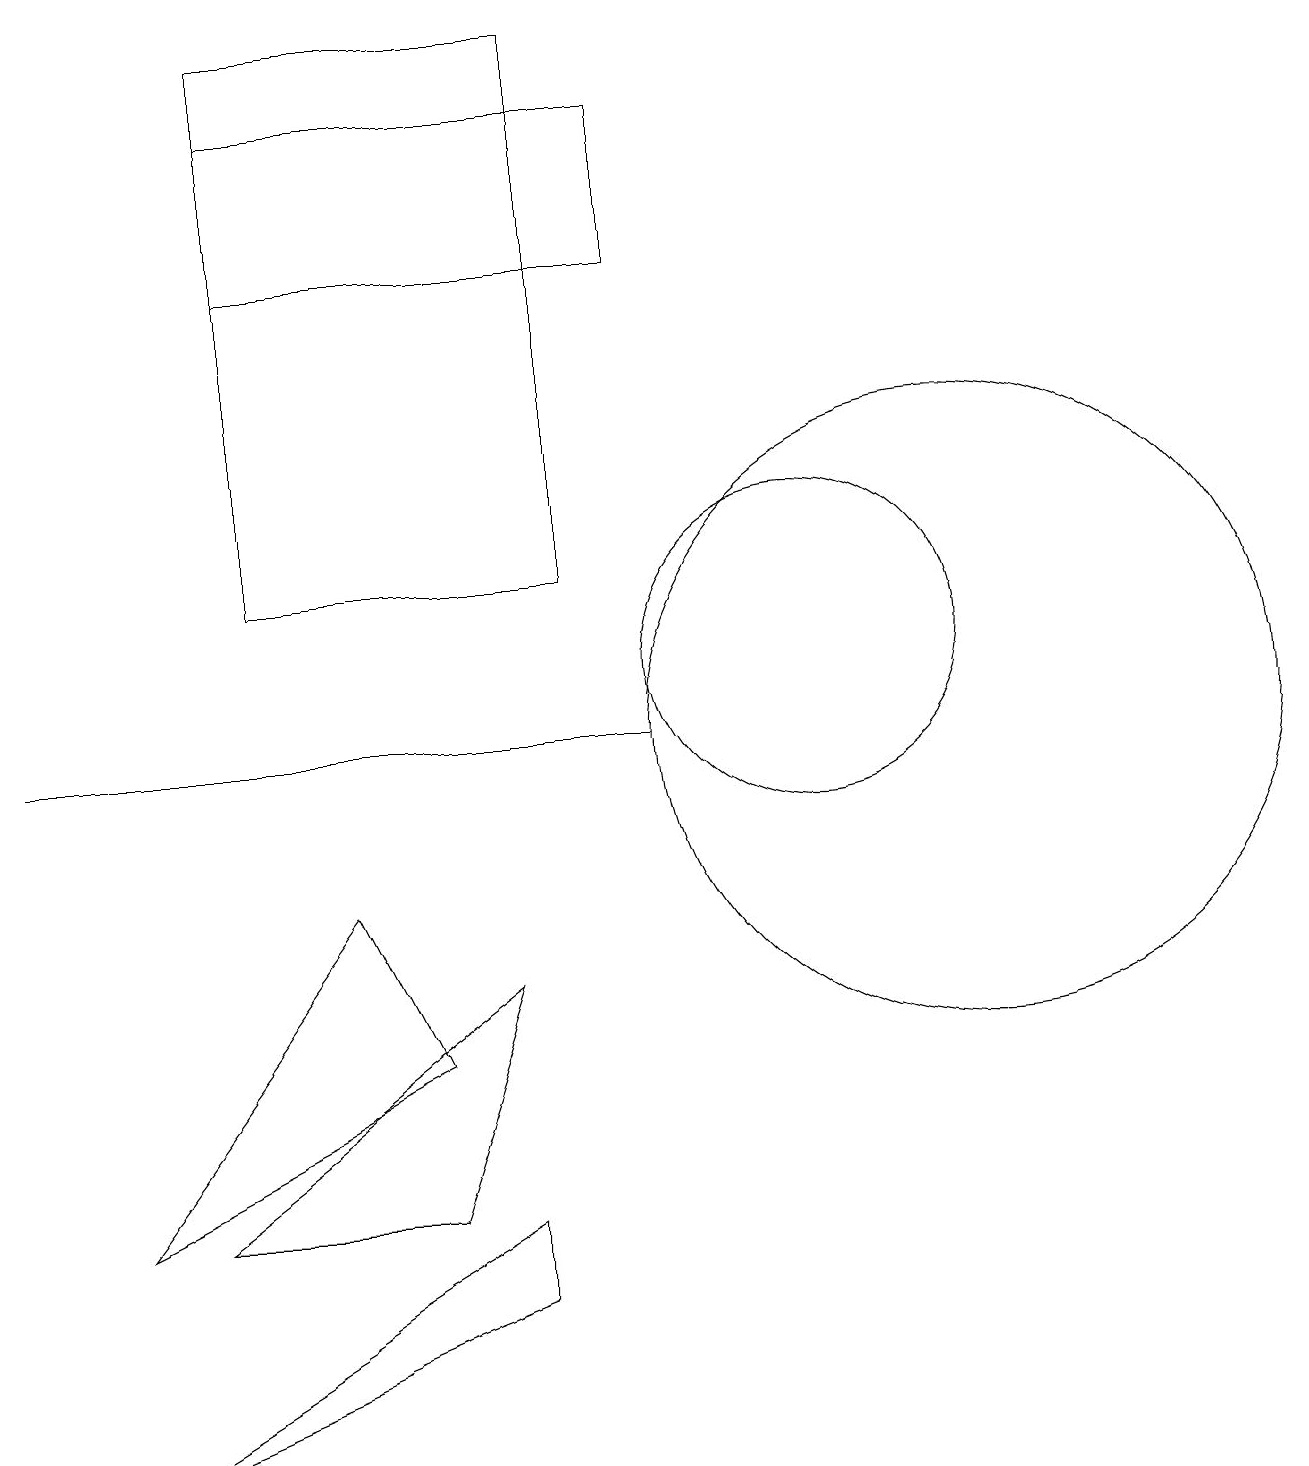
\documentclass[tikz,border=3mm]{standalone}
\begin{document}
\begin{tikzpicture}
\draw (8,16) rectangle (3,18);
\draw (4,8) -- (1,4) -- (5,6) -- cycle;
\draw (2,4) -- (6,7) -- (5,4) -- cycle;
\draw (6,3) -- (6,4) -- (1,1) -- cycle;
\draw (0,10) rectangle (8,10);
\draw (10,11) circle (2);
\draw (7,12) rectangle (3,19);
\draw (12,10) circle (4);
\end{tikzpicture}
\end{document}